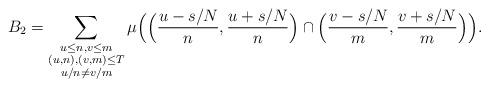
LaTeX: \begin{align*}B_2 = \sum_{ \substack{u \le n, v\le m \\ (u,n), (v,m) \le T \\ u/n \ne v/m}} \mu \Bigl( \Bigl(\frac{u - s/N}n, \frac{u+s/N}n \Bigr) \cap \Bigl(\frac{v - s/N}m, \frac{v+s/N}m \Bigr) \Bigr).\end{align*}